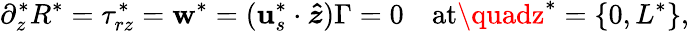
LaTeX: \partial_{z}^{*}R^{*}=\tau_{rz}^{*}=\mathbf{w}^{*}=(\boldsymbol{\mathbf{u}}_{s}^{*}\cdot\boldsymbol{\hat{{z}}})\Gamma=0\quad\mathrm{{at}}\quadz^{*}=\{ 0,L^{*}\} ,